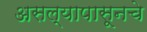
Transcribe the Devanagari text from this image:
असल्यापासूनचे